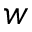
w